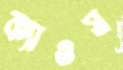
ক্যাওস